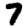
Digit: 7